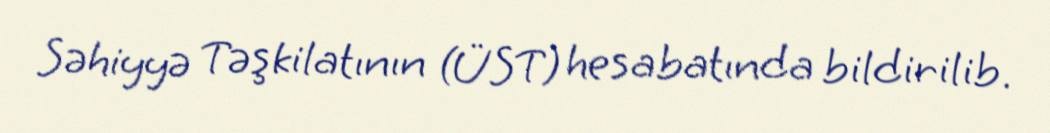
Səhiyyə Təşkilatının (ÜST) hesabatında bildirilib.